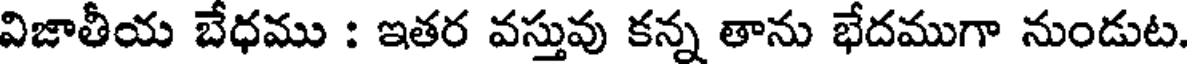
విజాతీయ బేధము : ఇతర వస్తువు కన్న తాను భేదముగా నుండుట